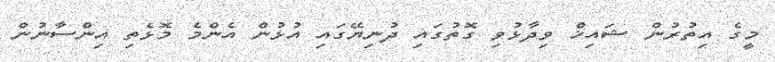
މީގެ އިތުރުން ޝައިޚް ވިދާޅުވި ގޮތުގައި ދުނިޔޭގައި އުޅުން އެންމެ މޮޅެތި އިންސާނުން